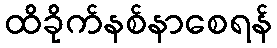
ထိခိုက်နစ်နာစေရန်